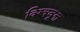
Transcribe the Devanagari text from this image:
विश्ववृत्त